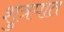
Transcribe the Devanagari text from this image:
शुत्रपात